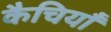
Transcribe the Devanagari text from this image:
कैचियाँ